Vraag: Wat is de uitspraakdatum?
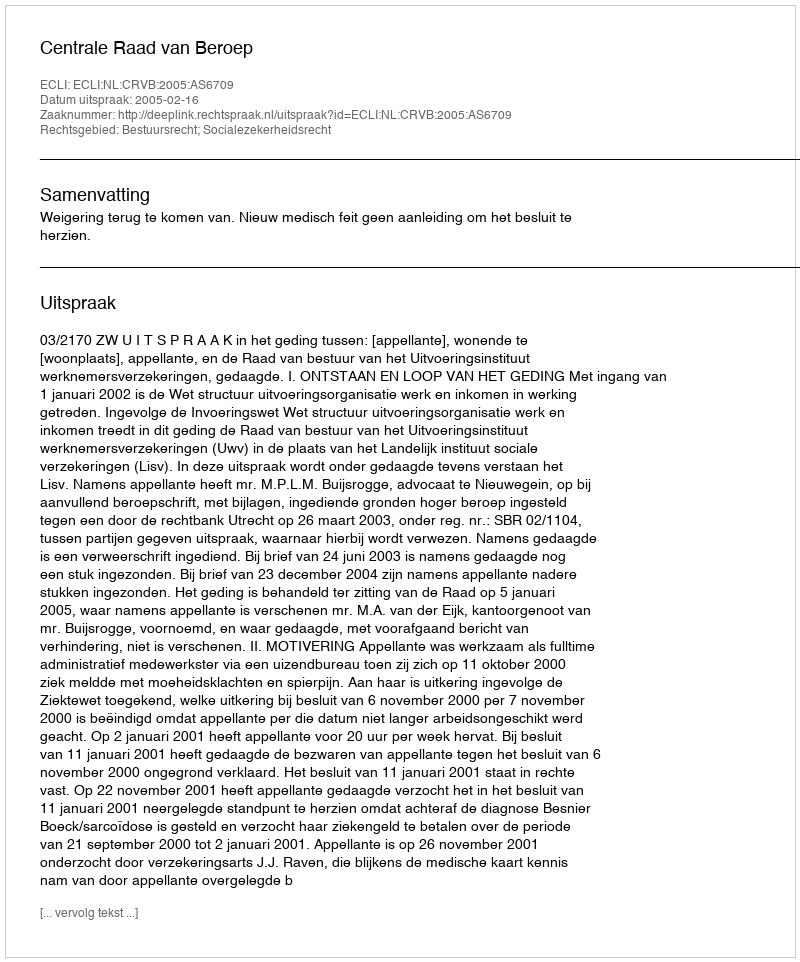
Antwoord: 2005-02-16